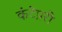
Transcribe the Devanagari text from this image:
कंटेप्ररी